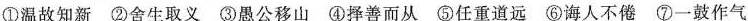
①温故知新 ②舍生取义 ③愚公移山 ④择善而从 ⑤任重道远 ⑥诲人不倦 ⑦一鼓作气